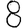
Digit: 8